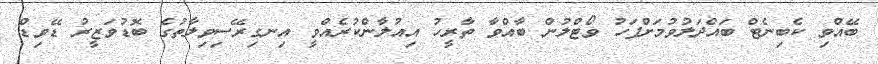
ބޭއްވި ކެބިނެޓް ބައްދަލުވުމަށްފަހު ވޯޓްލުން ބާއްވާ ތާރީހު އިއުލާންކުރެއްވީ އިނގިރޭސިވިލާތުގެ ބޮޑުވަޒީރު ޑޭވިޑް